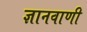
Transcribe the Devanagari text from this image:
ज्ञानवाणी